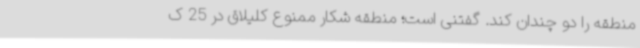
منطقه را دو چندان کند. گفتنی است؛ منطقه شکار ممنوع کلیلاق در 25 ک